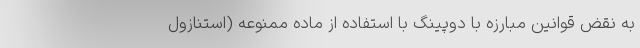
به نقض قوانین مبارزه با دوپینگ با استفاده از ماده ممنوعه (استنازول